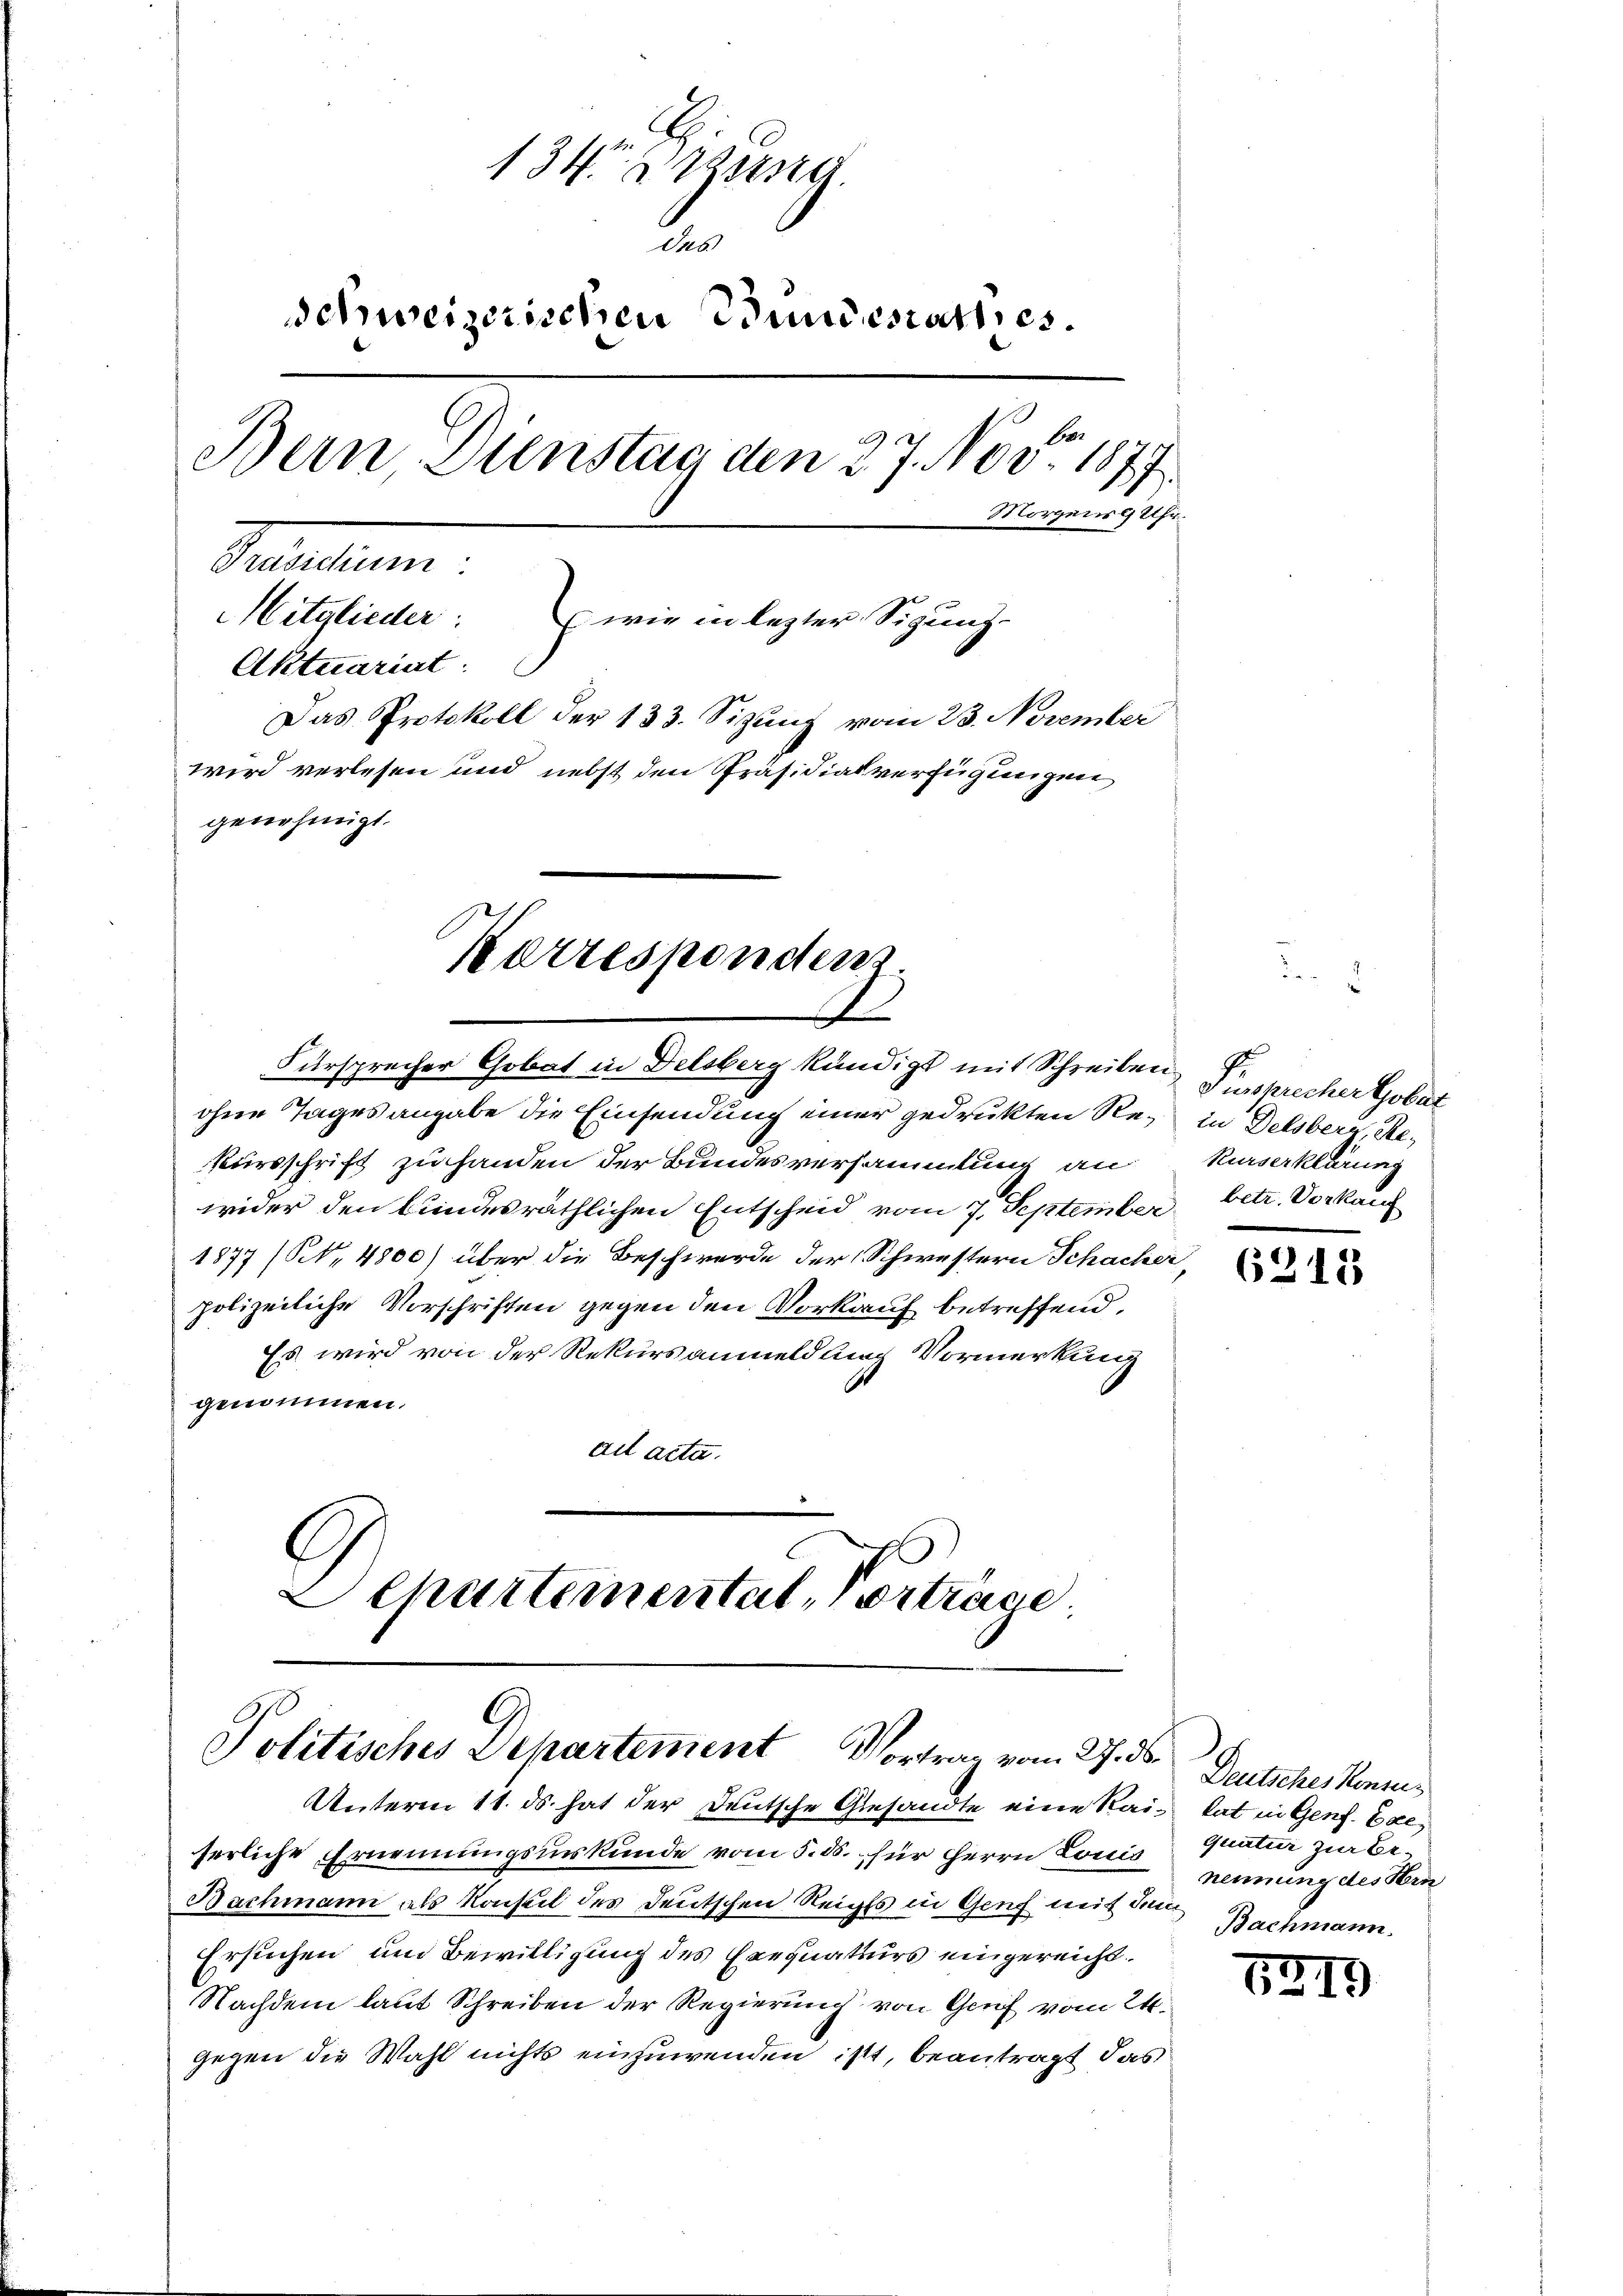
1342
.
Schweizerischen Bundesrath, es
be.
Bern Dienstag den 27. Nov. 1877.
Morgene Uhr.
Secundum.
Mitglieder: wie in lezter Sigung-
Aktuariat
Das Protokoll der 133. Sitzung vom 23. November
wird verlesen und nebst den Präsidialverfügungen
genehmigt.

Kerrespondenz.
Fürsprecher Gobat in Delsberg kündigt mit Schreiben Einsprecher Gobat

ohne Tages angabe die Einsendung einer gedrukten Re¬ in Delsberg, Rekursschrift zu handen der Bundesversammlung an Kurserklärung
wider den bundesräthlichen Entscheid vom 7. September betr. Vorkauf
1877 (S. 4800) über die Beschwerde der (Schwestern Schacher,
polizeiliche Vorschriften gegen den Vorkauf betreffend,
Es wird von der Rekursanmeldung Vormerkung
genommen.
ail acta.
Schartemental, Vorträge.

Politisches Departement Vortrag vom 27. ds.

Unterm 11. ds. hat der Deutsche Gesandte eine Rai- lat in Genf. Exeserliche Ernennungsinskunde vom 5. ds. für Herrn Louis
Nachmann als Konseil des Deutschen Reichts in Genf mit dem
Ersuchen und Bewilligung des Exequaturs eingereicht¬
Nachdem laut Schreiben der Regierung von Genf vom 24.
gegen die Wahl nichts einzuwenden ist, beantragt, das

6213

Deutsches Konzes
quatur zur Ernennung des Hrn
Bachmann.

5219